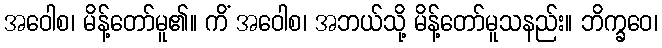
အဝေါစ၊ မိန့်တော်မူ၏။ ကိံ အဝေါစ၊ အဘယ်သို့ မိန့်တော်မူသနည်း။ ဘိက္ခဝေ၊